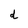
Character: d